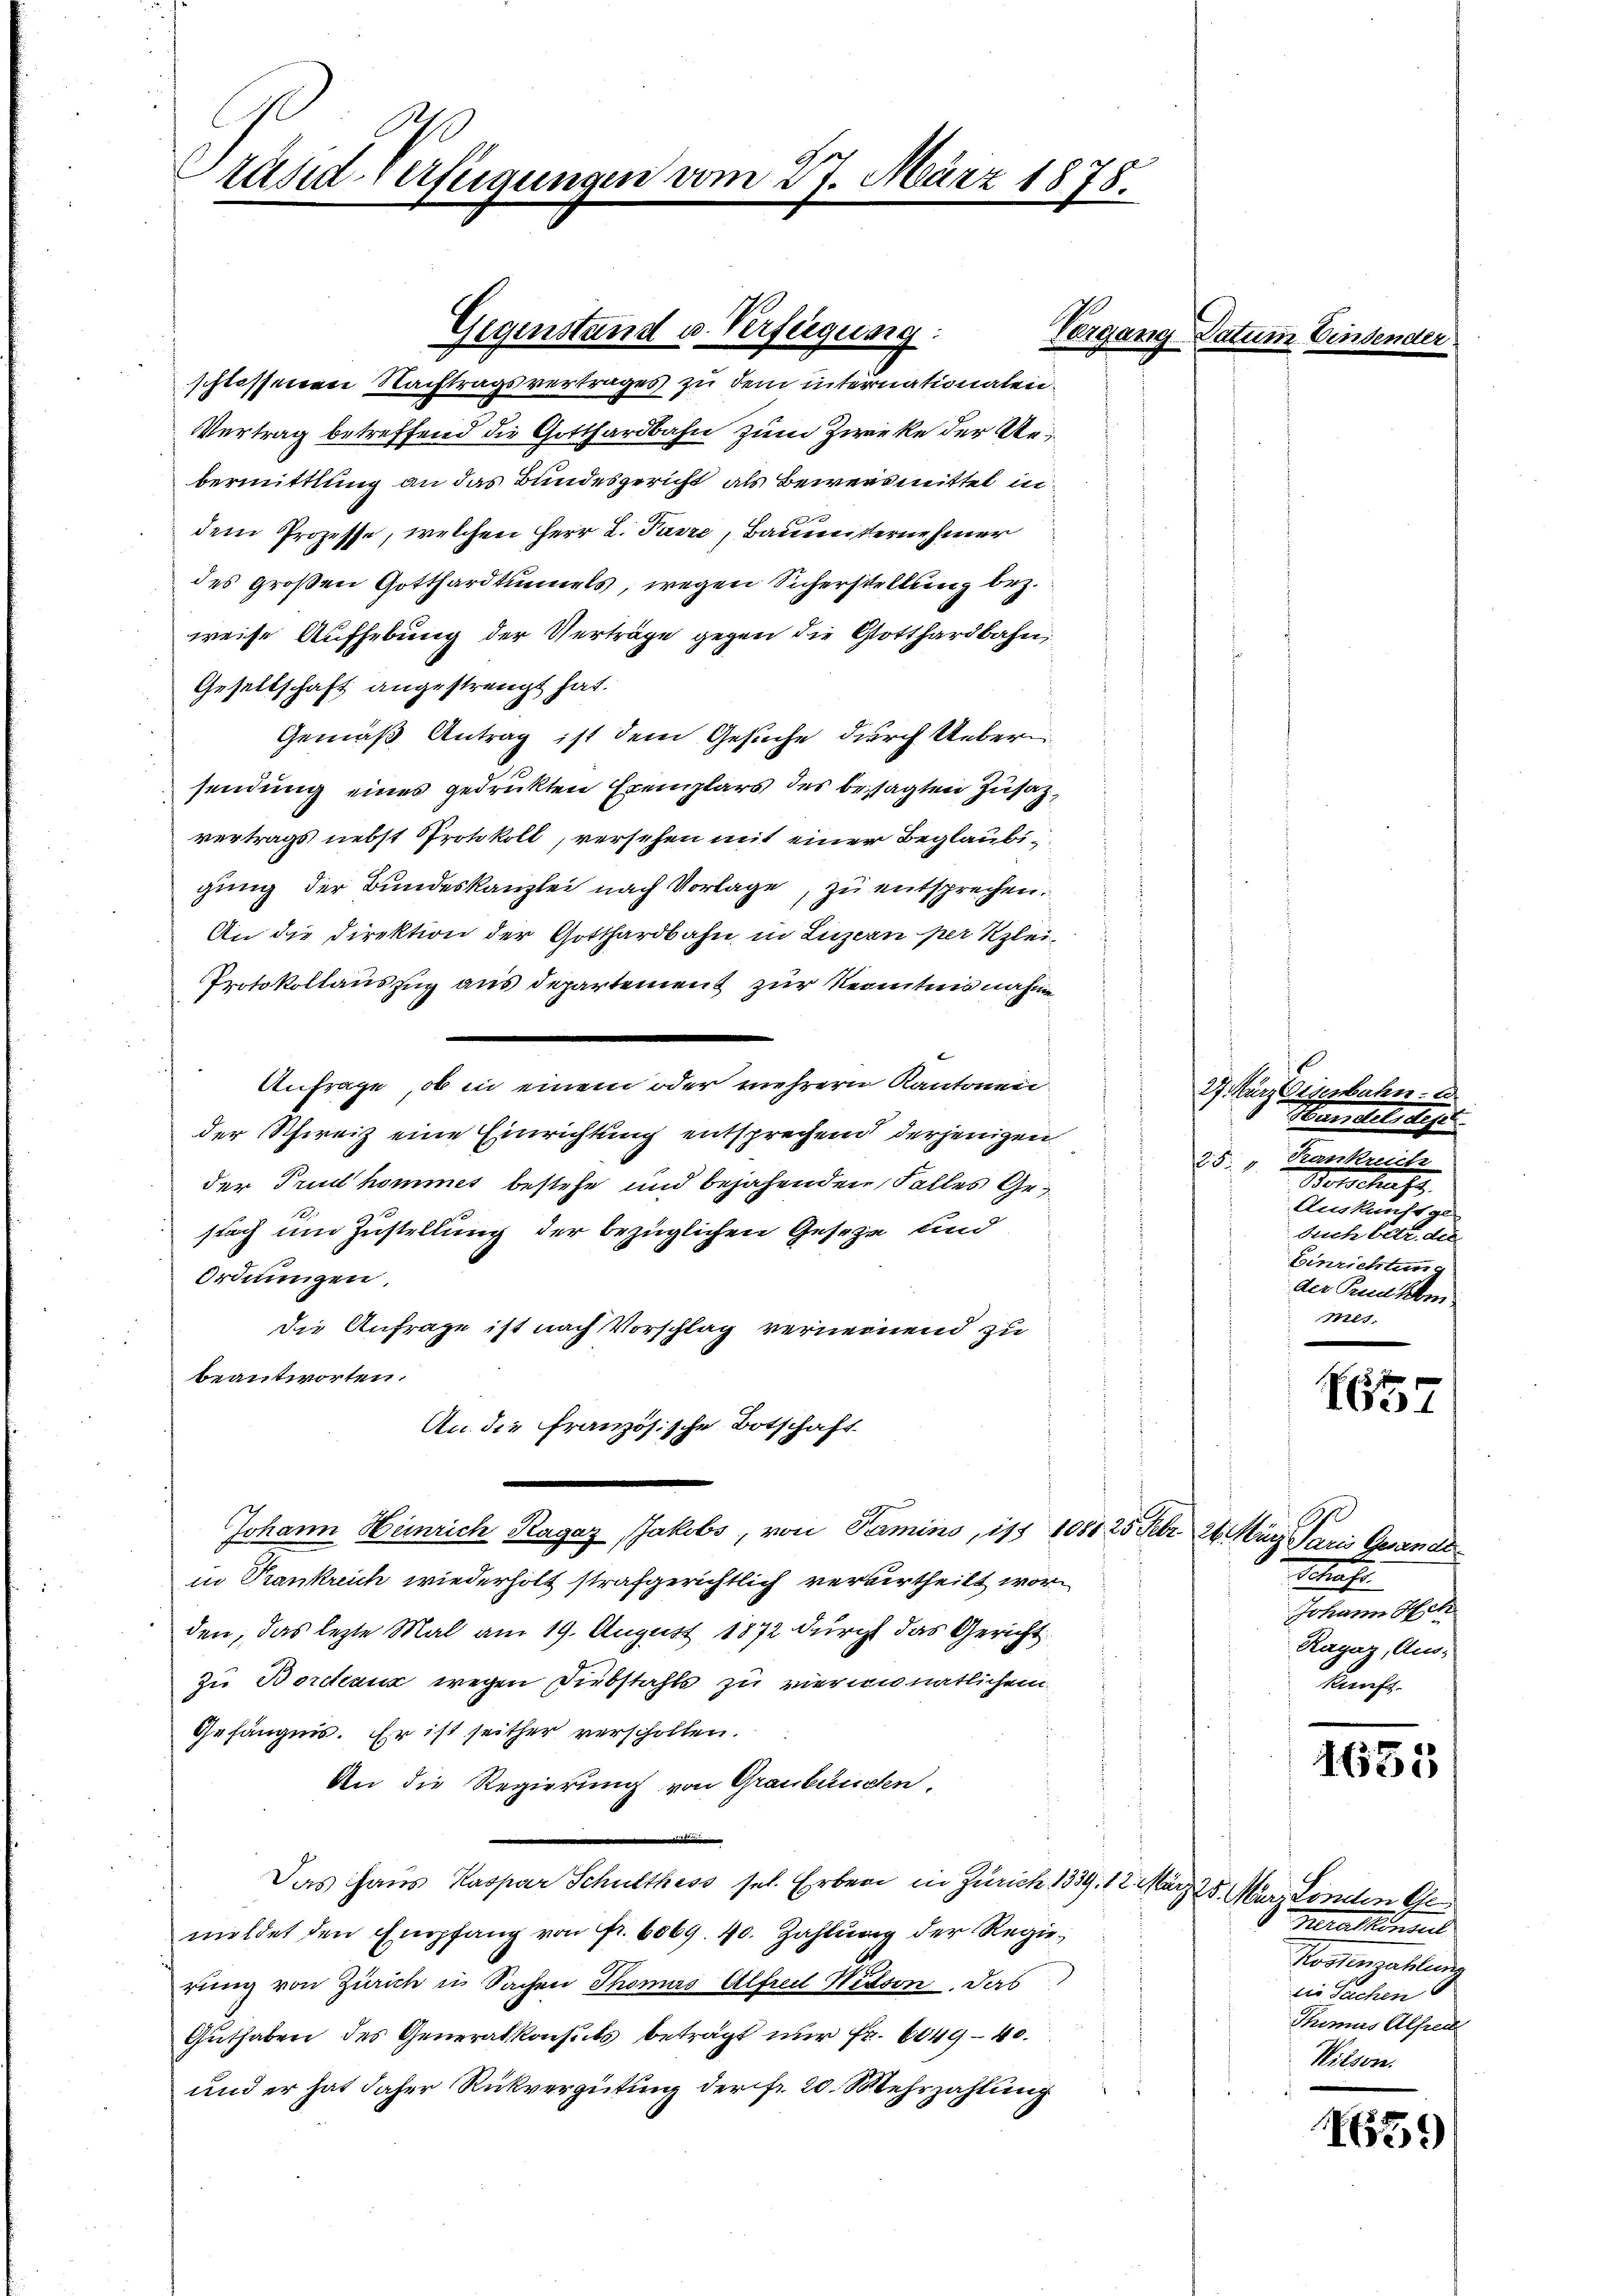
Präsid Verfügungen vom 27. März 1878.

Venann
Vertrag betreffend die Gotthardbahn zum Zwecke der Uebermittlung an das Bundesgericht als Beweismittel indem Prozesse, welchen Herr L. Parze, Bauesternehmer
des Großen Gotthardtunnels, wegen Sicherstellung bez.
weise Aufhebung der Verträge gegen die Gotthardbahn,
Gesellschaft angestrengt hat.
Gemäß Antrag ist dem Gesuche durch Ueber
sendung eines gedruckten Exemplars des besagten Zusatz,
vertrags nebst Protokoll, versehen mit einer Beglaubigung der Bundeskanzlei nach Vorlage, zu entsprechen.
An die Direktion der Gotthardbahn in Luzern per Klei¬
Protokollauszug aus departement zur Kenntnis nahme
f
Anfrage, ob in einem oder mehrern Kantonen
der Schweiz eine Einrichtung entsprechend derjenigen
der Trud hommet bestehe und bejahenden Falles Gestach um Zustellung der bezüglichen Geseze und
Ordnungen.
die Anfrage ist nach Vorschlag verneinend zu
beantworten.
An die Französische Botschaft
Johann Heinrich Ragaz Jakobs, von Termins, ist 1081 25 Febr. 24. März drei Gegen
in Trankreich wiederholt strafgerichtlich verurtheilt worden, das lezte Mal am 19. August 1872 durch das Gericht
zu Bordeaux wegen Diebstahls zu vierzionatlichem
Gefängnis. Er ist seither verschollen.
An die Regierung von Graubünden,
Das Haus Kaspar Schulthess sel. Erben in Zürich 1339. 12.
meldet den Empfang von Fr. 6069. 40. Zahlung der Regierung von Zürich in Sachen Thomas Alfreil Widson. Das
Guthaben des Generalkonsuls beträgt nur Fr. 6049–40.
und er hat daher Rückvergütung der Fr. 20. Mehrzahlung

Gegenstand u. Verfügung:
schlossenen Nachtragsvertrages zu dem internationalen.

27 Kurz Eisenbahn-
anell diese
Krankreich
20
Botschaft
Auskunft ge
Auch betr. die
Einrichtung
der Punkm
mes.

7

e
Johann Hch.
Ragaz, Aus-
kunft.

1651

uug 25. März Landten Ge
Mrathenaus
Kostenzahlung
die Sachen
Thimus Alfred
Wilsore

165